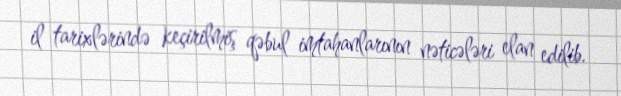
il tarixlərində keçirilmiş qəbul imtahanlarının nəticələri elan edilib.